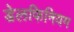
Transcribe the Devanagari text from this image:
डेलफिनियम